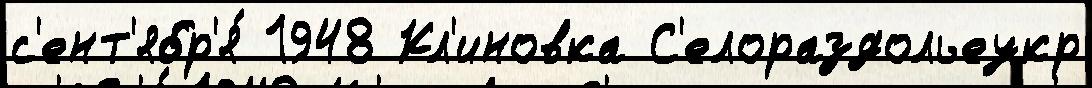
с'ент'ябр'я́ 1948 Кл'иновка С'елораздольеукр